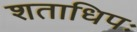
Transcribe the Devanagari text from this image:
शताधिपः